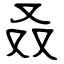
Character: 叒